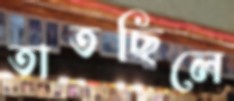
তাতছিলে